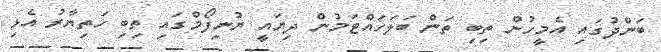
ބަންދުގައި އެމީހުން ތިބި ތަން ބަލަހައްޓަމުން ދިޔައީ ޔުނިފޯމްގައި ތިބި ހަތިޔާރު އެޅި